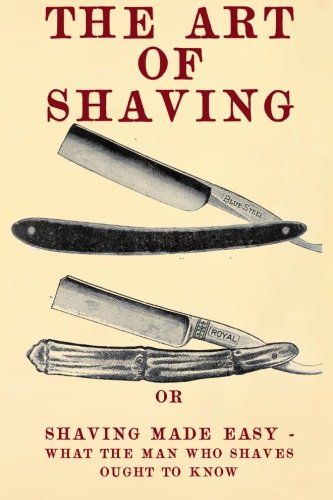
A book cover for The Art of Shaving: Shaving Made Easy - What the man who shaves ought to know.; 20th Century Correspondence School; Health, Fitness & Dieting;